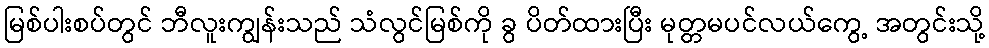
မြစ်ပါးစပ်တွင် ဘီလူးကျွန်းသည် သံလွင်မြစ်ကို ခွ ပိတ်ထားပြီး မုတ္တမပင်လယ်ကွေ့ အတွင်းသို့